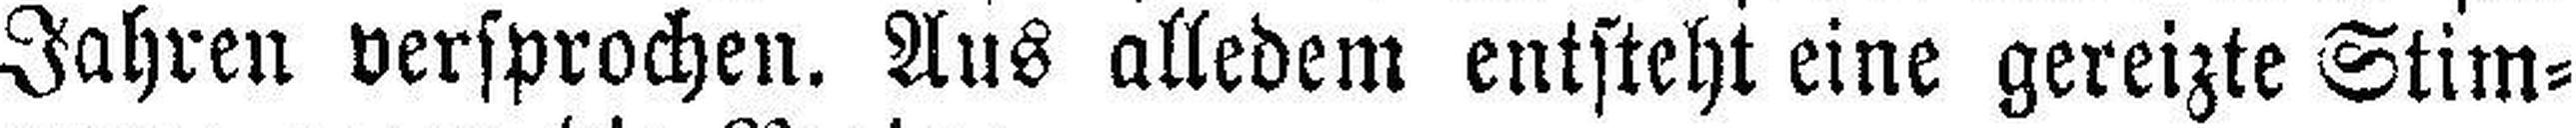
Jahren versprochen. Aus alledem entsteht eine gereizte Stim¬